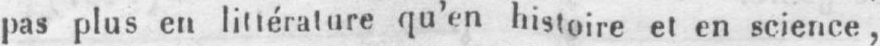
pas plus en littérature qu’en histoire et en science,